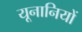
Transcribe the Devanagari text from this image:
यूनानियों